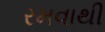
રમવાથી